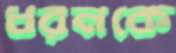
ধরনকে